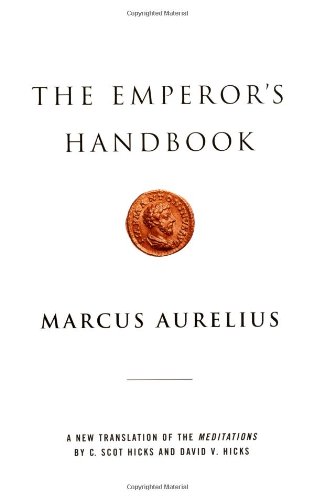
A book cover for The Emperor's Handbook: A New Translation of The Meditations; Marcus Aurelius; Health, Fitness & Dieting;